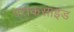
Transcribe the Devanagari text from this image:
पराकसाइड